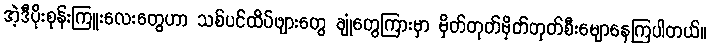
အဲ့ဒီပိုးစုန်းကြူးလေးတွေဟာ သစ်ပင်ထိပ်ဖျားတွေ ချုံတွေကြားမှာ မှိတ်တုတ်မှိတ်တုတ်စီးမျောနေကြပါတယ်။